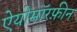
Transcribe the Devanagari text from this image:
ऐयोमॉरफ़ीन